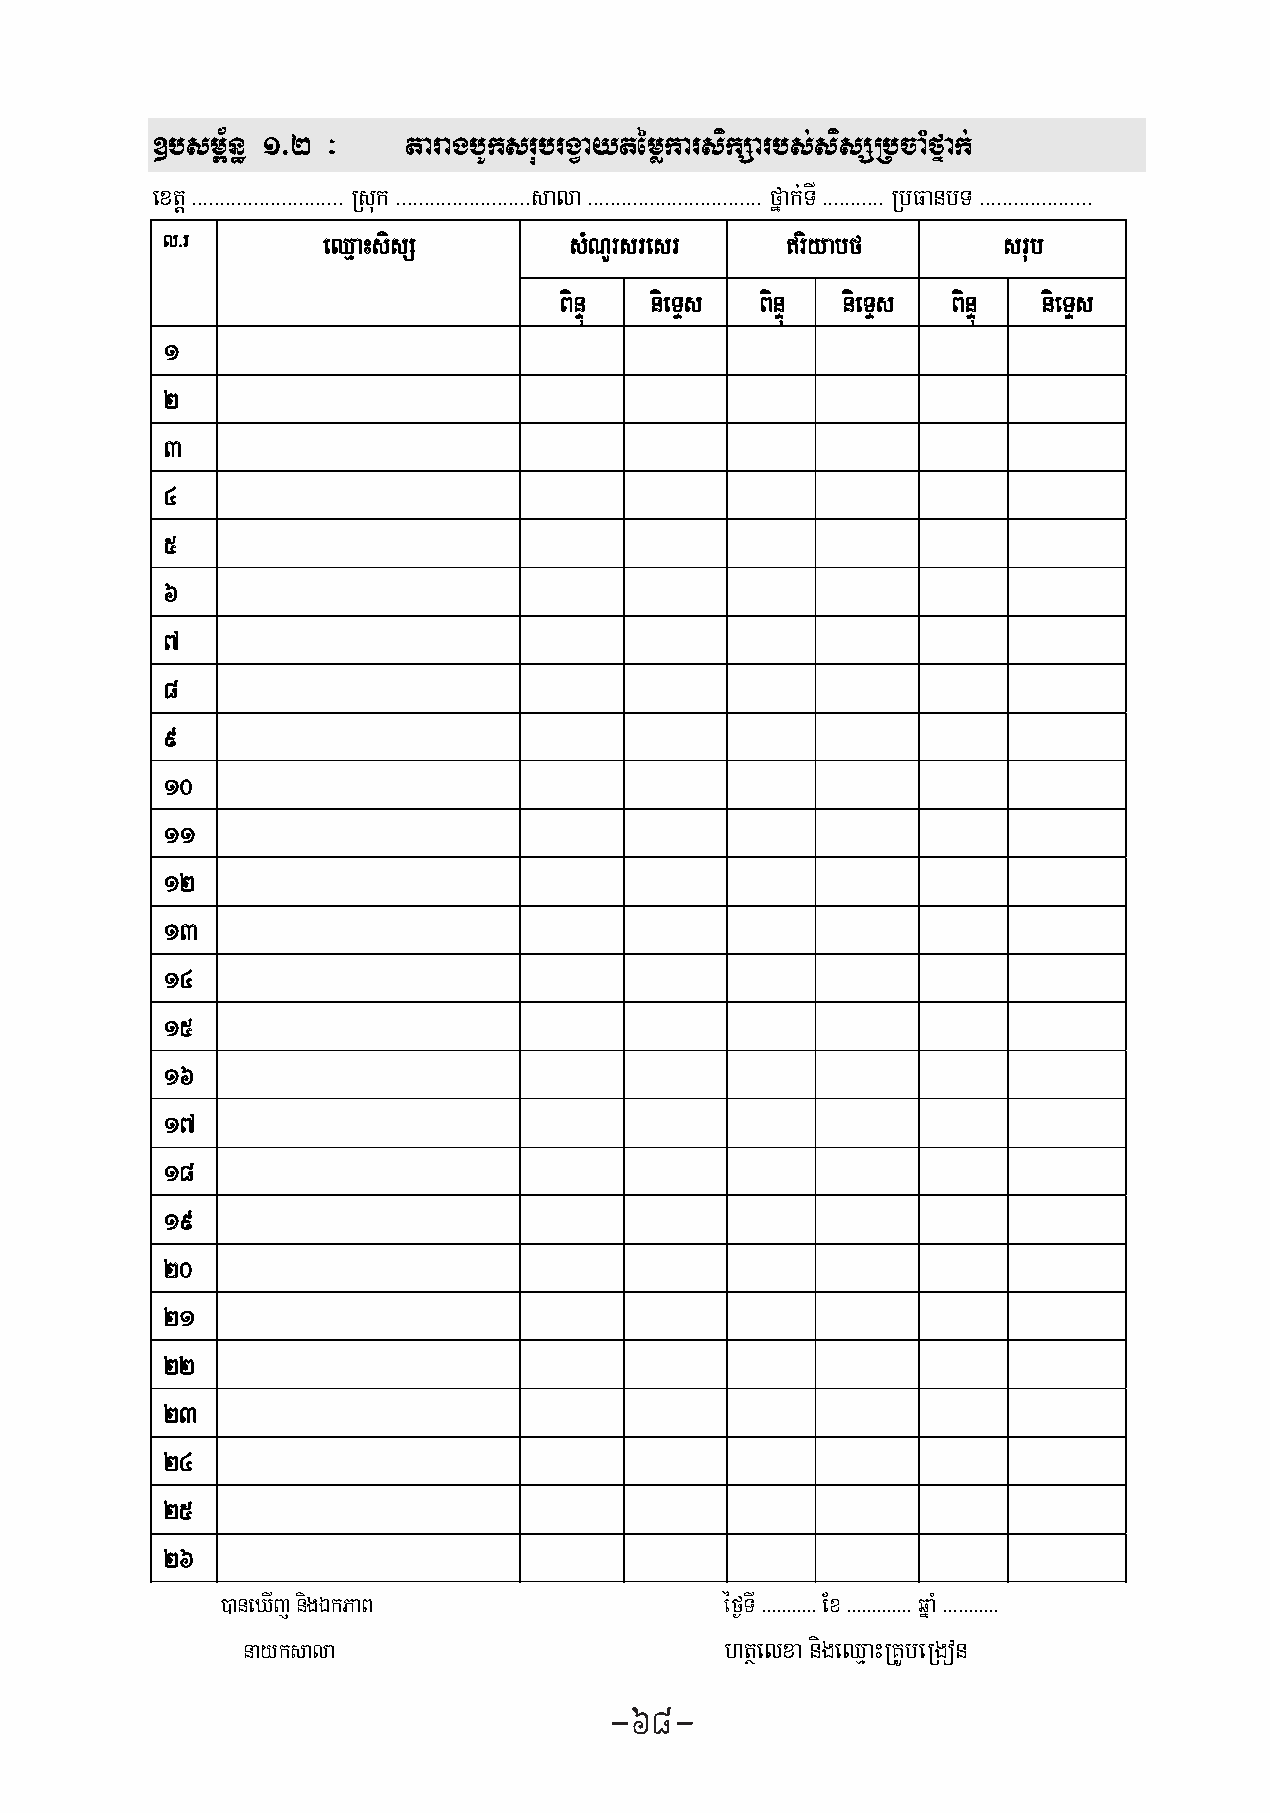
]bsm<½n§ 1>2 ³   taragbUksrubrgVaytémøkarsikSarbs;sisSRbcaMfñak;               ]bsm<½n§ 2 ³         TRmg;vaytémøRKUbeRgonbMNinCIvit
 extþ >>>>>>>>>>>>>>>>>>>>>>>>>>> Rsuk >>>>>>>>>>>>>>>>>>>>>>>>sala >>>>>>>>>>>>>>>>>>>>>>>>>>>>>>> fñak;TI >>>>>>>>>>> RbFanbT >>>>>>>>>>>>>>>>>>>>
 �
 l>r       eQ�aHsisS        sMNYrsresr    \riyabf       srub
 BinÞú nieTÞs BinÞú nieTÞs BinÞú nieTÞs
 1
 xøwmsar                   BiBN’naskm�PaB             PsþútagepSg²
 2
 bnÞb;eron
 I
 3
 
 4
 
 5                                                                                               
 6
 
 
 7
 
 8
 �
 9
 
 
 10
 
 11
            
 �
 12                                                                                              
 �
 13                                                                                              
 
 14
 15
 
 16
 
 17
 
 18
 
 19
 
 20
 21
 
 22
 karbeRgon nig eron
 II
 23
 
 24
 
 �
 25                                                                                              
 �
 26                                                                                             
 �
 )aneXIj nigÉkPaB                 éf¶TI >>>>>>>>>>> Ex >>>>>>>>>>>>> qñaM >>>>>>>>>>>
 
 nayksala                        htßelxa nigeQ�aHRKUbeRgon
 -68-